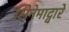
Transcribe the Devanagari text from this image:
सिनेमाद्वारे